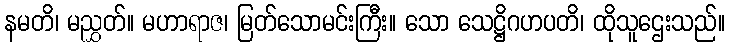
နမတိ၊ မညွှတ်။ မဟာရာဇ၊ မြတ်သောမင်းကြီး။ သော သေဋ္ဌိဂဟပတိ၊ ထိုသူဌေးသည်။